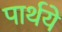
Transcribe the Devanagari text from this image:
पार्थये